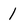
Character: 1